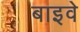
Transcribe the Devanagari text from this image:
बाइवे